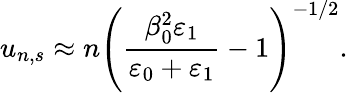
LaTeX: u_{n,s}\approx n\left(\frac{\beta_{0}^{2}\varepsilon_{1}}{\varepsilon_{0}+\varepsilon_{1}}-1\right)^{-1/2}.